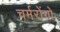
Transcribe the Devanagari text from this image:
चर्मरोंगो